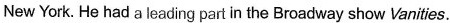
New York. He had a leading part in the Broadway show Vanities.